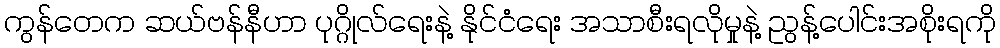
ကွန်တေက ဆယ်ဗန်နီဟာ ပုဂ္ဂိုလ်ရေးနဲ့ နိုင်ငံရေး အသာစီးရလိုမှုနဲ့ ညွန့်ပေါင်းအစိုးရကို